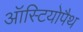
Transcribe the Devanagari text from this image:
ऑस्टियोपैथ